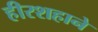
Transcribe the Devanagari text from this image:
हीरशहाने